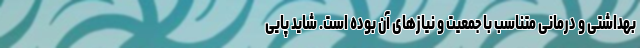
بهداشتی و درمانی متناسب با جمعیت و نیازهای آن بوده است. شاید پایی